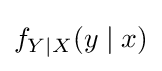
f_{Y\mid X}(y\mid x)